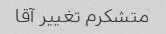
متشکرم تغییر آقا